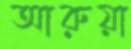
আরুয়া